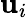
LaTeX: \textbf{u}_{i}